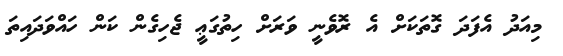
މިއަދު އެފަދަ ގޮތަކަށް އެ ރޮވެނީ ވަރަށް ހިތުގަޢީ ޖެހިގެން ކަން ހައްވަދައިތަ